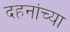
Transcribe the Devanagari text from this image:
दहनांच्या